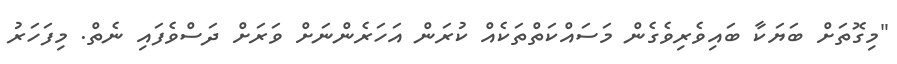
"މިގޮތަށް ބަޔަކާ ބައިވެރިވެގެން މަސައްކަތްތަކެއް ކުރަން އަހަރެންނަށް ވަރަށް ދަސްވެފައި ނެތް. މިފަހަރު